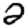
Digit: 2